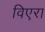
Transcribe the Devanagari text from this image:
विएरा